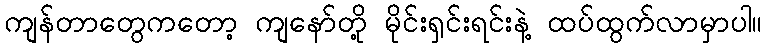
ကျန်တာတွေကတော့ ကျနော်တို့ မိုင်းရှင်းရင်းနဲ့ ထပ်ထွက်လာမှာပါ။